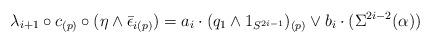
LaTeX: \begin{align*} \lambda_{i+1} \circ c_{(p)} \circ (\eta \wedge \bar \epsilon_{i(p)}) = a_i \cdot (q_1 \wedge 1_{S^{2i-1}})_{(p)} \vee b_i \cdot (\Sigma^{2i-2}(\alpha))\end{align*}